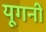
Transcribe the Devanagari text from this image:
यूगनी